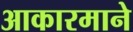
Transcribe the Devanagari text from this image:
आकारमाने